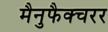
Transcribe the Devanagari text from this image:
मैनुफैक्चरर